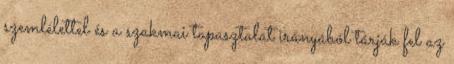
szemlélettel és a szakmai tapasztalat irányából tárják fel az